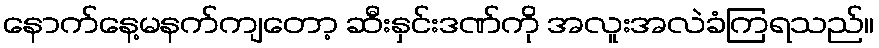
နောက်နေ့မနက်ကျတော့ ဆီးနှင်းဒဏ်ကို အလူးအလဲခံကြရသည်။